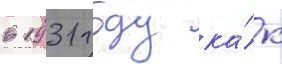
в 1931 году ка́к